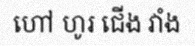
ហៅ ហូរ ជើង វាំង